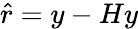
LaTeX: {\hat{r}}=y-Hy